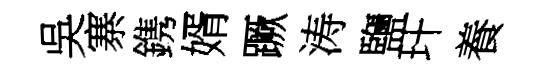
吳寨鎸婿蹶涛鹽玕養